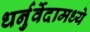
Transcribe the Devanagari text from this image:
धर्नुर्वेदामध्ये